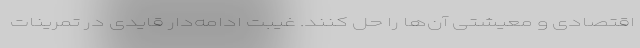
اقتصادی و معیشتی آن‌ها را حل کنند. غیبت ادامه‌دار قایدی در تمرینات